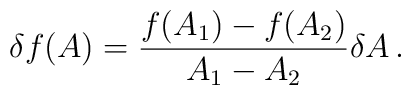
\delta f(A)= \frac{f(A_1)-f(A_2)}{A_1-A_2}\delta A \,.